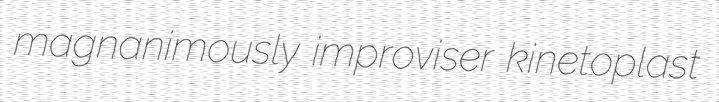
magnanimously improviser kinetoplast